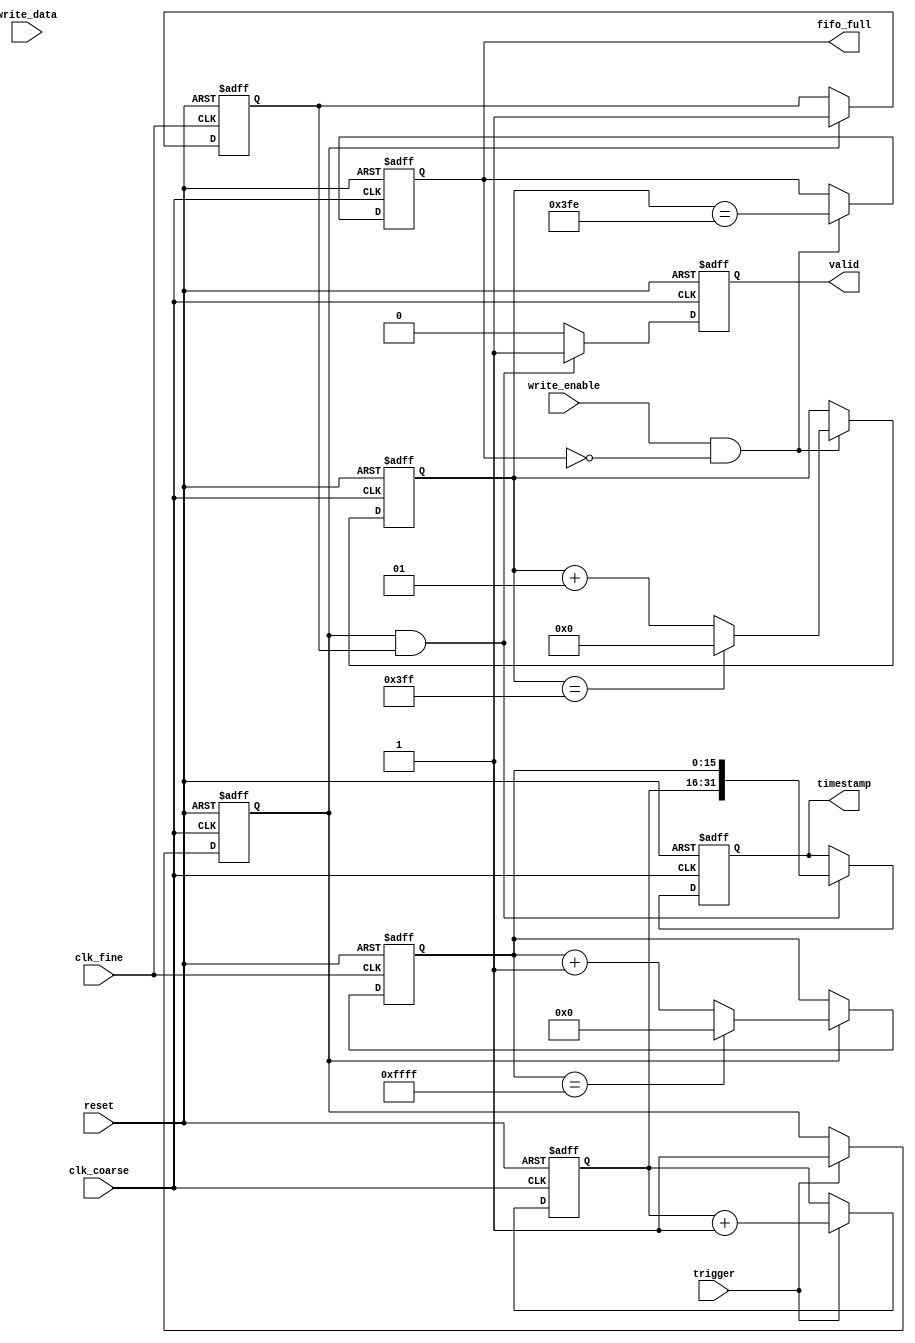
module resolution_improvement_tdc (
    input wire clk_coarse,           // Coarse clock input
    input wire clk_fine,             // Fine clock input
    input wire trigger,              // Start trigger signal
    input wire reset,                // Reset signal
    output reg [31:0] timestamp,     // High-resolution timestamp output
    output reg valid,                // Timestamp valid signal
    input wire [31:0] write_data,    // Data to write to memory blocks
    input wire write_enable,          // Enable writing to memory
    output reg fifo_full              // FIFO full signal
);

// Coarse Time Measurement
reg [15:0] coarse_counter;          // Coarse time counter
reg coarse_valid;                   // Coarse valid signal

// Fine Time Measurement
reg [15:0] fine_counter;            // Fine time counter
reg fine_valid;                     // Fine valid signal

// Memory Blocks
reg [31:0] memory_block [0:1023];   // Example: 1024 entries
integer write_pointer = 0;          // Pointer for writing to memory block

// Control Logic
always @(posedge clk_coarse or posedge reset) begin
    if (reset) begin
        coarse_counter <= 0;
        coarse_valid <= 0;
    end else if (trigger) begin
        coarse_counter <= coarse_counter + 1;
        coarse_valid <= 1;
    end
end

always @(posedge clk_fine or posedge reset) begin
    if (reset) begin
        fine_counter <= 0;
        fine_valid <= 0;
    end else if (coarse_valid) begin
        fine_counter <= (fine_counter == 65535) ? 0 : fine_counter + 1; // Example max count
        fine_valid <= 1;
    end
end

// Timestamp Logic
always @(posedge clk_coarse or posedge reset) begin
    if (reset) begin
        timestamp <= 0;
        valid <= 0;
    end else if (coarse_valid && fine_valid) begin
        timestamp <= {coarse_counter, fine_counter}; // Concatenate coarse and fine
        valid <= 1;
    end else begin
        valid <= 0;
    end
end

// Memory Management
always @(posedge clk_coarse or posedge reset) begin
    if (reset) begin
        write_pointer <= 0;
        fifo_full <= 0;
    end else if (write_enable && !fifo_full) begin
        memory_block[write_pointer] <= write_data;
        write_pointer <= (write_pointer == 1023) ? 0 : write_pointer + 1;
        fifo_full <= (write_pointer == 1022); // Indicate full if next write would overflow
    end
end

endmodule